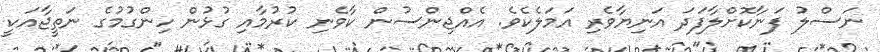
ނަސްލު ފަނާކޮށްލާފަދަ އަނިޔާވެރި އަމަލެކެވެ. އެއްޖިންސުން ކާވެނި ކުރުމާއި ގުޅުން ހިންގުމުގެ ނަތީޖާއަކީ